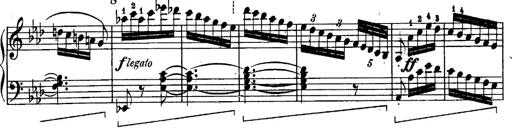
Title: Schubert's Impromptus [revised and edited by Franz Liszt]
Composer: Franz Liszt